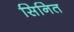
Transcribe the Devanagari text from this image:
सिनित